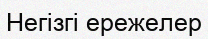
Негізгі ережелер